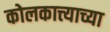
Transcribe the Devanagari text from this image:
कोलकात्त्याच्या